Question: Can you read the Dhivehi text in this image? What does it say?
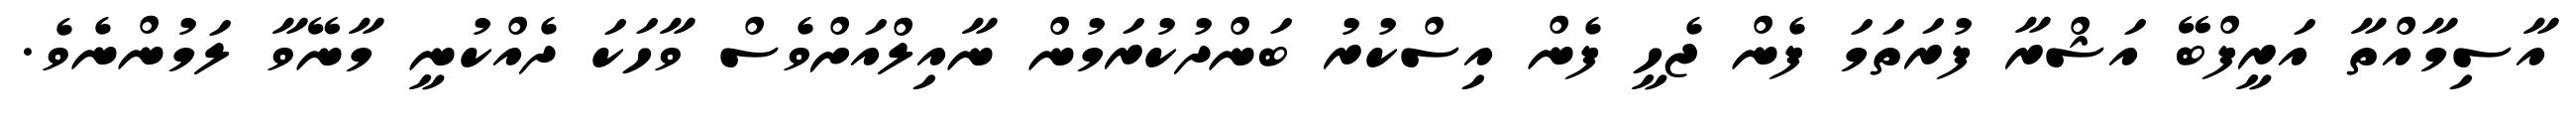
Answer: އާސިމާއްތާ އަރީފްބޭ އަޝްރާ ފުރަތަމަ ފެން ޖެހީ ފެން އިސްކުރު ބަންދުކުރަމުން ނާއިލްއަށްވެސް ވާހަކަ ދެއްކުނީ މާނޭވާ ލަމުންނެވެ.